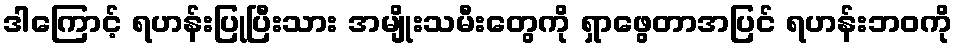
ဒါကြောင့် ရဟန်းပြုပြီးသား အမျိုးသမီးတွေကို ရှာဖွေတာအပြင် ရဟန်းဘဝကို